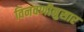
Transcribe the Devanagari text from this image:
विनवणीनुसार